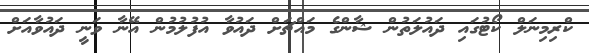
ކްރިމިނަލް ކޯޓުގައި ދައުލަތުން ޝާންގެ މައްޗަށް ދައުވާ އުފުލުމުން އޭނާ ވަނީ ދައުވާއަށް